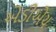
એડીએચ